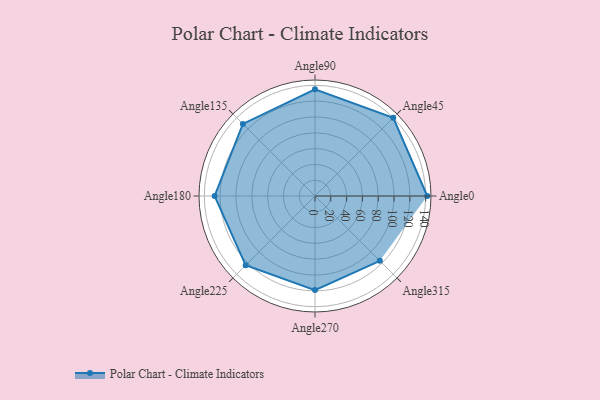
{"axis": {"x": "Angle", "y": "Radius"}, "legend": [""], "data": [{"x": "Angle0", "y": 142.0, "type": ""}, {"x": "Angle45", "y": 140.0, "type": ""}, {"x": "Angle90", "y": 135.0, "type": ""}, {"x": "Angle135", "y": 129.0, "type": ""}, {"x": "Angle180", "y": 127.0, "type": ""}, {"x": "Angle225", "y": 124.0, "type": ""}, {"x": "Angle270", "y": 119.0, "type": ""}, {"x": "Angle315", "y": 116.0, "type": ""}]}